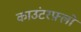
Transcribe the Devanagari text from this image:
काउंटरफ़्लो